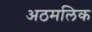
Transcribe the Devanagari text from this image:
अठमलिक